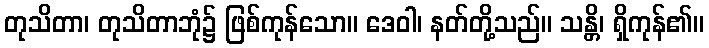
တုသိတာ၊ တုသိတာဘုံ၌ ဖြစ်ကုန်သော။ ဒေဝါ၊ နတ်တို့သည်။ သန္တိ၊ ရှိကုန်၏။